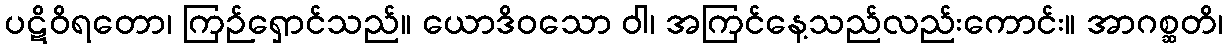
ပဋိဝိရတော၊ ကြဉ်ရှောင်သည်။ ယောဒိဝသော ဝါ၊ အကြင်နေ့သည်လည်းကောင်း။ အာဂစ္ဆတိ၊